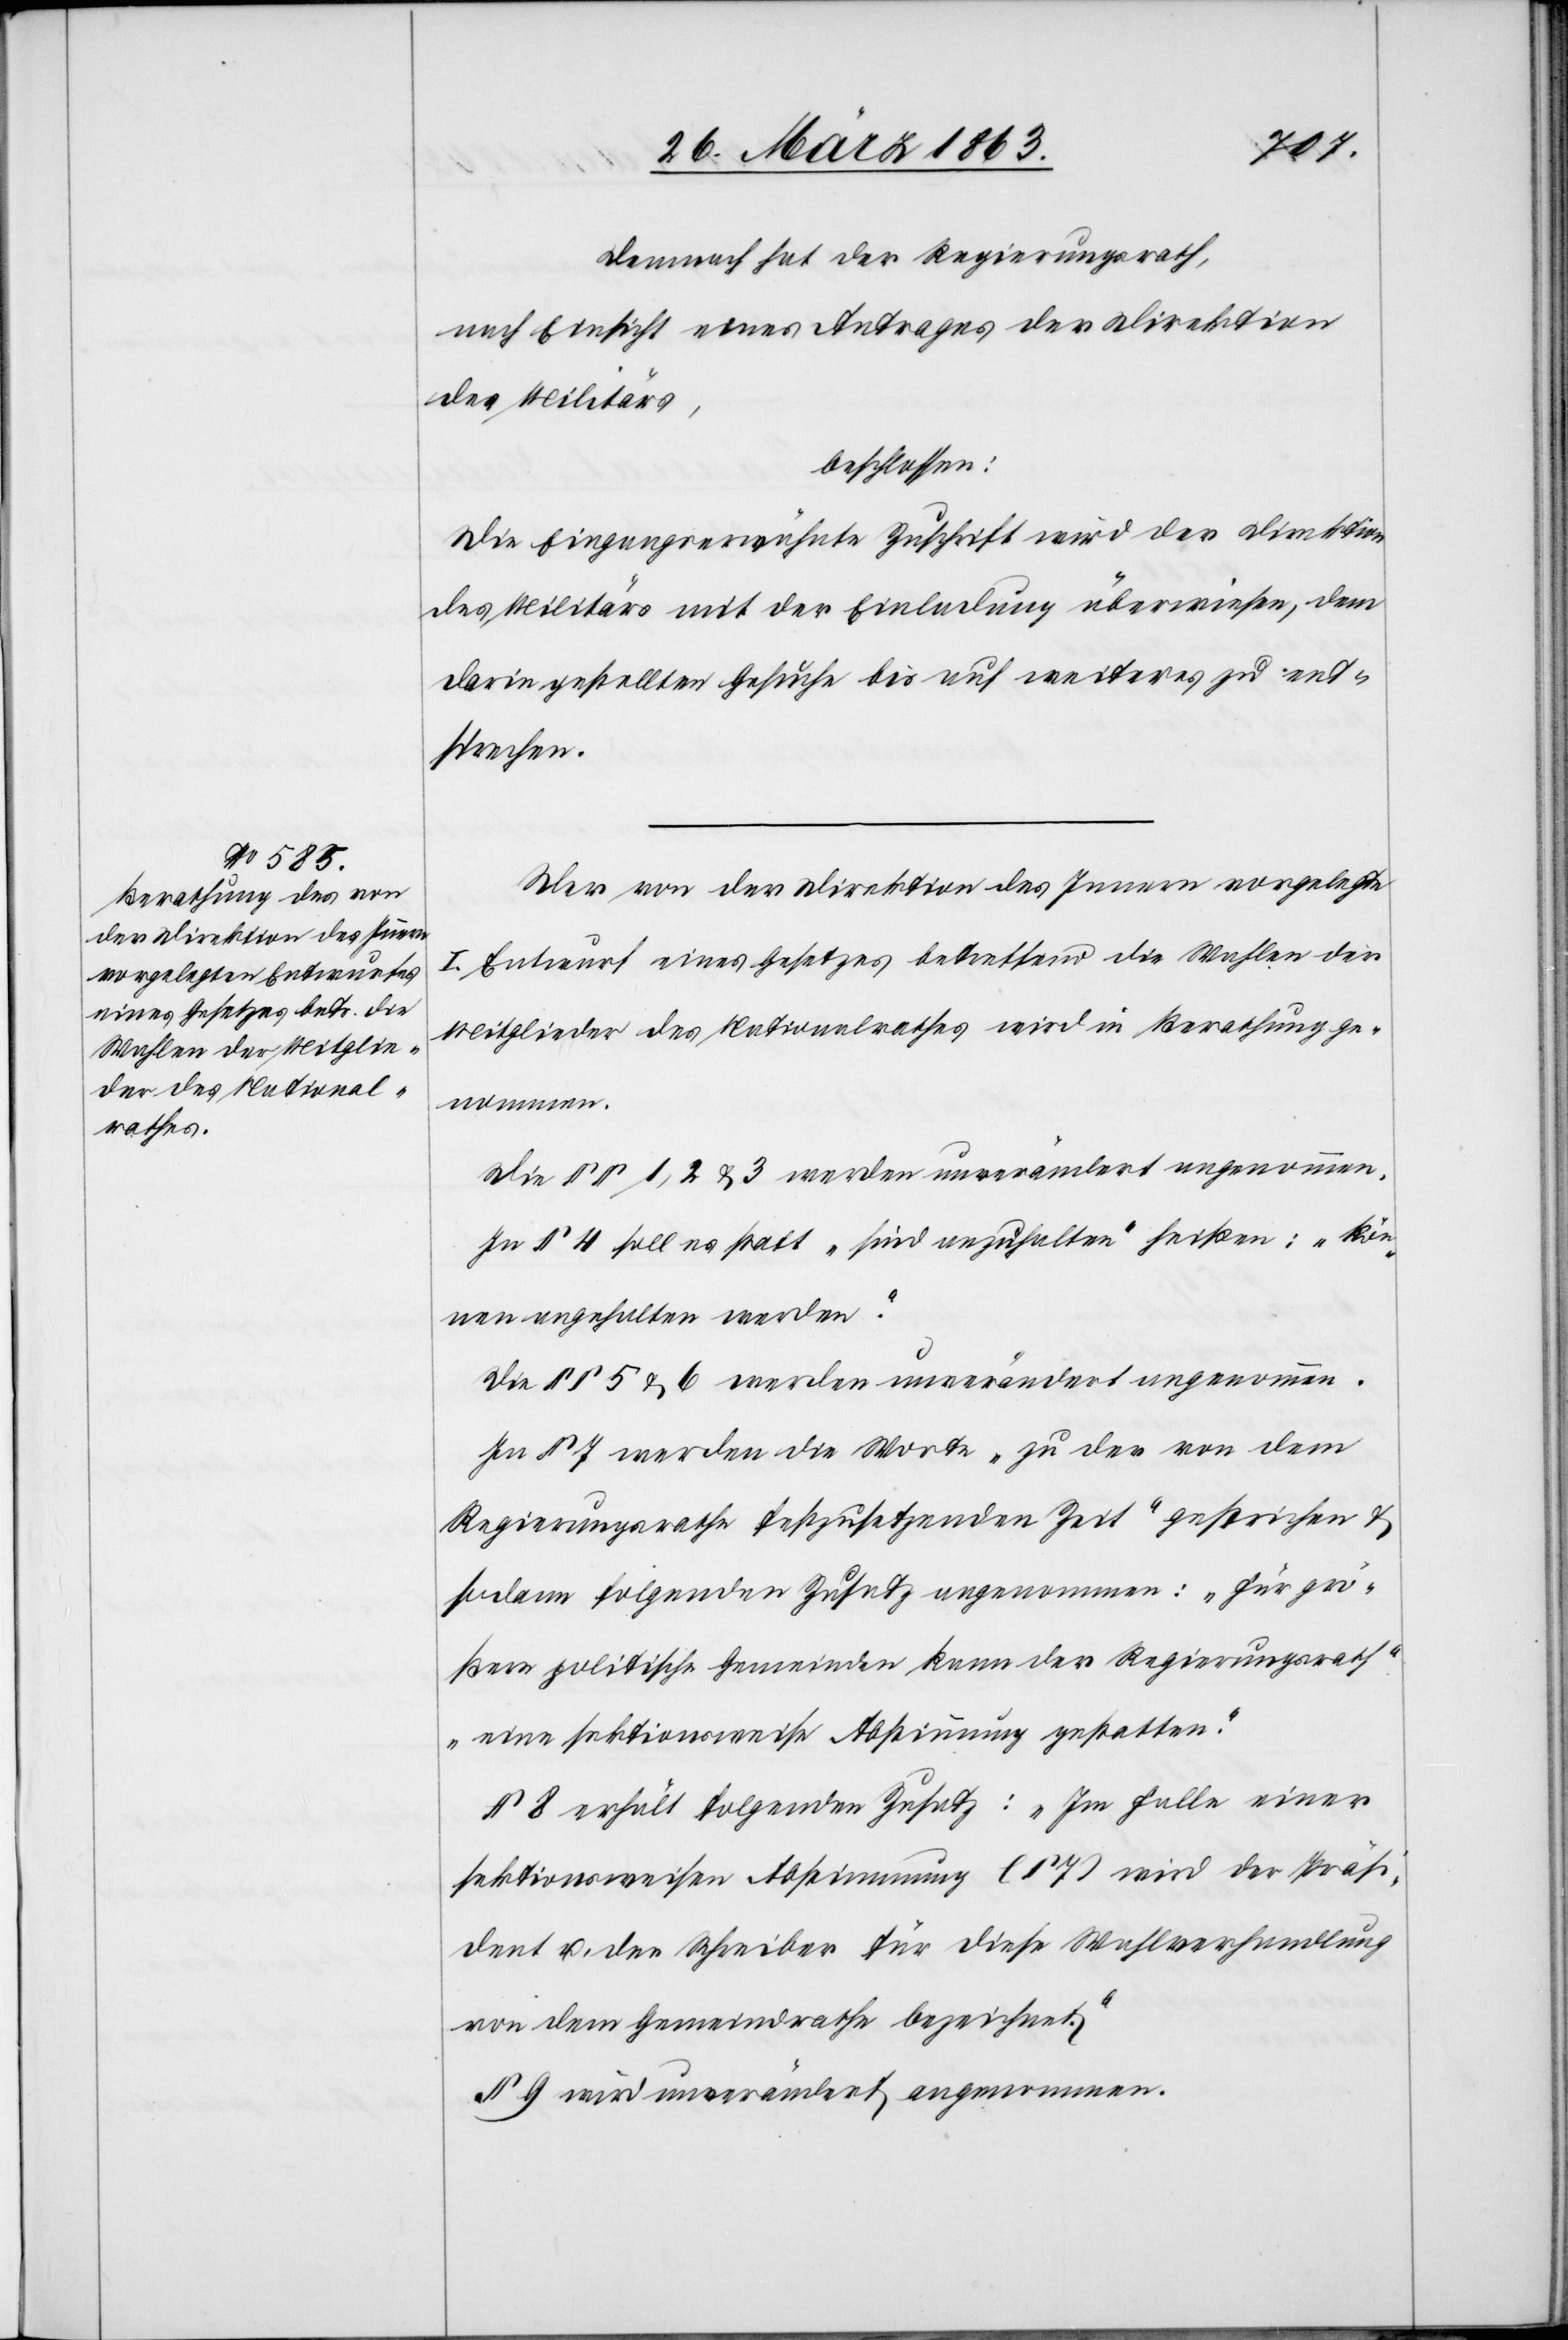
Demnach hat der Regierungsrath,
nach Einsicht eines Antrages der Direktion
des Militärs,
beschlossen:
Die Eingangserwähnte Zuschrift wird der Direktion
des Militärs mit der Einladung überwiesen, dem
darin gestellten Gesuche bis auf weiteres zu ent¬
sprechen.
Der von der Direktion des Innern vorgelegte
I. Entwurf eines Gesetzes betreffend die Wahlen der
Mitglieder des Nationalrathes wird in Berathung ge¬
nommen.
Die §§ 1, 2 & 3 werden unverändert angenommen.
In § 4 soll es statt „sind anzuhalten“ heißen: „kön¬
nen angehalten werden“.
Die §§ 5 & 6 werden unverändert angenommen.
In § 7 werden die Worte „zu der von dem
Regierungsrathe festzusetzenden Zeit“ gestrichen &
sodann folgenden Zusatz angenommen: „Für grö¬
ßere politische Gemeinden kann der Regierungsrath
eine sektionsweise Abstimmung gestatten.“
§ 8 erhält folgenden Zusatz: „Im Falle einer
sektionsweisen Abstimmung (§ 7) wird der Präsi¬
dent u. der Schreiber für diese Wahlverhandlung
von dem Gemeindrathe bezeichnet.“
§ 9 wird unverändert angenommen.